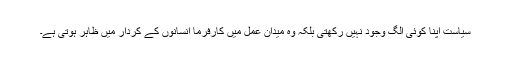
سیاست اپنا کوئی الگ وجود نہیں رکھتی بلکہ وہ میدان عمل میں کارفرما انسانوں کے کردار میں ظاہر ہوتی ہے۔